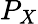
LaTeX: P_{X}